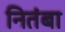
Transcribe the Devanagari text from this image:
नितंबा